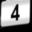
Digit: 4